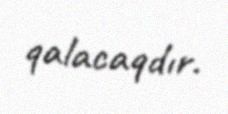
qalacaqdır.